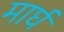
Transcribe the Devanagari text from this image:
मार्घ